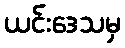
ယင်းဒေသမှ